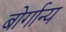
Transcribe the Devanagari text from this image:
बोर्गान्य